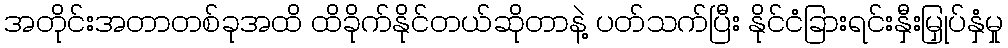
အတိုင်းအတာတစ်ခုအထိ ထိခိုက်နိုင်တယ်ဆိုတာနဲ့ ပတ်သက်ပြီး နိုင်ငံခြားရင်းနှီးမြှုပ်နှံမှု